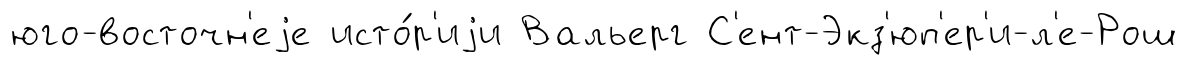
юго-восточн'еjе исто́р'иjи Вальерг С'ент-Экз'юп'ер'и-л'е-Рош